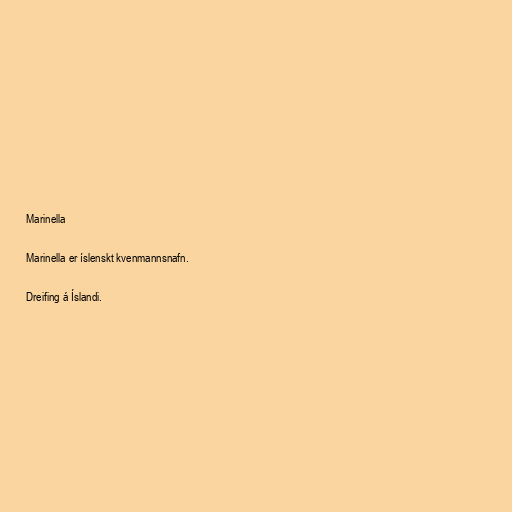
Marinella

Marinella er íslenskt kvenmannsnafn.

Dreifing á Íslandi.